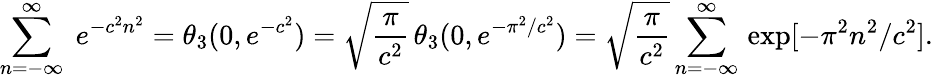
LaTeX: \sum_{n=-\infty}^{\infty}\; e^{-c^{2}n^{2}}=\theta_{3}(0,e^{-c^{2}})=\sqrt{\frac{\pi}{c^{2}}}\, \theta_{3}(0,e^{-\pi^{2}/c^{2}})=\sqrt{\frac{\pi}{c^{2}}}\sum_{n=-\infty}^{\infty}\, \exp[-\pi^{2}n^{2}/c^{2}].